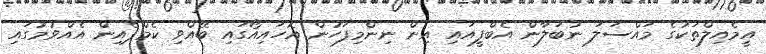
އީމެއިލްތަކުގެ މައްސަލަ ނުބަލާން އެބްފީއައި އިން ނިންމިފަހުން އޮހައިއޯގައި ބޭއްވި ކެމްޕެއިން އެއްވުމުގައި